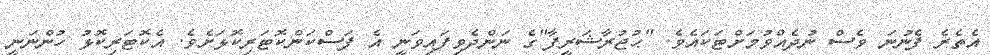
އެތެރެ ފެނުނަ ވެސް ނުދެއްވުމަށްޓަކައެވެ. "ޙުޖުރާޝަރީފާ"ގެ ނަންދެވިފައިވަނީ އެ ފަސްކަންކޮޓަރިކޮޅަށެވެ. އެކޮޓަރިކޮޅު ހުންނަނީ